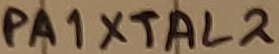
Text: PA1XTAL2